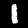
Label: 1